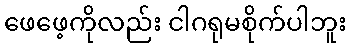
ဖေဖေ့ကိုလည်း ငါဂရုမစိုက်ပါဘူး